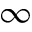
\infty